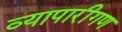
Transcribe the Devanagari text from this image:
व्‍यापारीगण